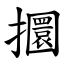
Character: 攌